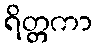
ရိတ္တကာ